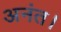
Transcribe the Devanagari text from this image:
अनंत।